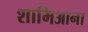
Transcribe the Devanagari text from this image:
शामिआना